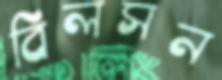
বিলসন